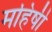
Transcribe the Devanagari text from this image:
महिषीं